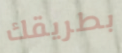
بطريقك